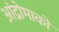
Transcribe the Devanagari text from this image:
आंद्रोमाको